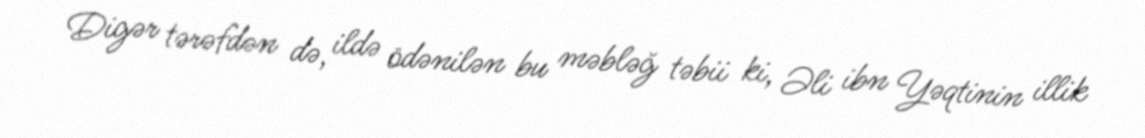
Digər tərəfdən də, ildə ödənilən bu məbləğ təbii ki, Əli ibn Yəqtinin illik